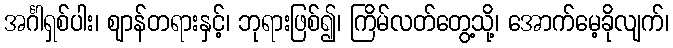
အင်္ဂါရှစ်ပါး၊ ဈာန်တရားနှင့်၊ ဘုရားဖြစ်၍၊ ကြိမ်လတ်တွေ့သို့၊ အောက်မေ့ခိုလျက်၊